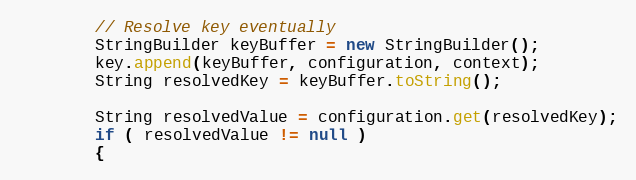
Language: Java
		// Resolve key eventually
		StringBuilder keyBuffer = new StringBuilder();
		key.append(keyBuffer, configuration, context);
		String resolvedKey = keyBuffer.toString();

		String resolvedValue = configuration.get(resolvedKey);
		if ( resolvedValue != null )
		{